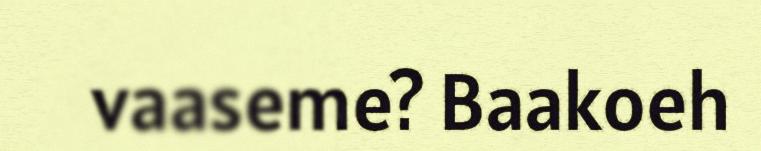
vaaseme? Baakoeh